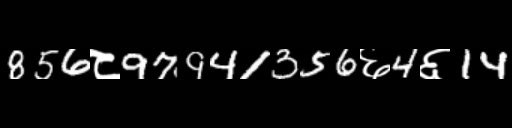
Text: 856८97941356६4६14